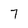
Character: 7